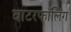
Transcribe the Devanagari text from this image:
वाटरफॉलिंग